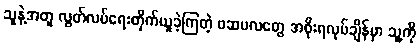
သူနဲ့အတူ လွတ်လပ်ရေးတိုက်ယူခဲ့ကြတဲ့ ဖဆပလတွေ အစိုးရလုပ်ချိန်မှာ သူ့ကို